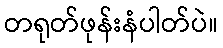
တရုတ်ဖုန်းနံပါတ်ပဲ။